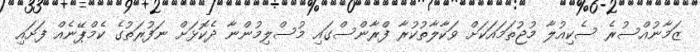
ޒަމާނުއްސުރެ ސެކިއުލާ މުޖުތަމައަކަށް ވަކާލާތުކުރާ ފްރާންސްގައި މުސްލިމުންނާ ދެކޮޅަށް ނަފުރަތުގެ ކެމްޕޭނެއް ފަށައި